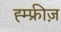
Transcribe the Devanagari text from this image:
ह्म्फ्रीज़